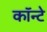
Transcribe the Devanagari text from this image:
कॉन्टे